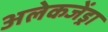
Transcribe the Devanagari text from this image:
अलेकजेंड्रा